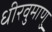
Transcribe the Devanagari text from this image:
धीरवुमाणु